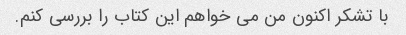
با تشکر اکنون من می خواهم این کتاب را بررسی کنم.